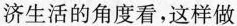
等100名非公有制经济人士和新的社会阶层人士获得